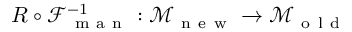
R \circ \mathcal { F } _ { \mathrm { ~ m ~ a ~ n ~ } } ^ { - 1 } : \mathcal { M } _ { \mathrm { ~ n ~ e ~ w ~ } } \to \mathcal { M } _ { \mathrm { ~ o ~ l ~ d ~ } }